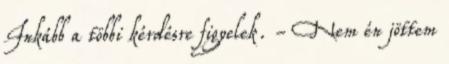
Inkább a többi kérdésre figyelek. - Nem én jöttem